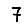
Digit: 7